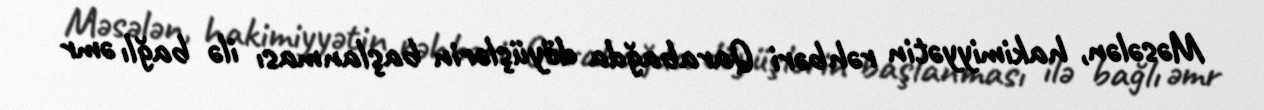
Məsələn, hakimiyyətin rəhbəri Qarabağda döyüşlərin başlanması ilə bağlı əmr